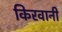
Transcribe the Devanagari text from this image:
किरवानी